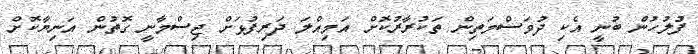
ފުލުހުން ބުނީ އެކި ދުވަސްމަތިން ތަކުރާރުކޮށް އަމިއްލަ ދަރިފުޅަށް ޖިސްމާނީ ގޮތުން އަނިޔާކޮށް